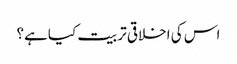
اس کی اخلاقی تربیت کیاہے؟